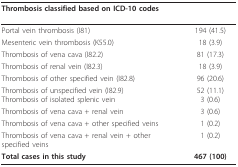
<table><thead><tr><td><b>Thrombosis classified based on ICD-10 codes</b></td><td>[EMPTY_CELL]</td></tr></thead><tbody><tr><td>Portal vein thrombosis (I81)</td><td>194 (41.5)</td></tr><tr><td>Mesenteric vein thrombosis (K55.0)</td><td>18 (3.9)</td></tr><tr><td>Thrombosis of vena cava (I82.2)</td><td>81 (17.3)</td></tr><tr><td>Thrombosis of renal vein (I82.3)</td><td>18 (3.9)</td></tr><tr><td>Thrombosis of other specified vein (I82.8)</td><td>96 (20.6)</td></tr><tr><td>Thrombosis of unspecified vein (I82.9)Thrombosis of isolated splenic vein</td><td>52 (11.1)3 (0.6)</td></tr><tr><td>Thrombosis of vena cava + renal vein</td><td>3 (0.6)</td></tr><tr><td>Thrombosis of vena cava + other specified veins</td><td>1 (0.2)</td></tr><tr><td>Thrombosis of vena cava + renal vein + other specified veins</td><td>1 (0.2)</td></tr><tr><td><b>Total cases in this study</b></td><td><b>467 (100)</b></td></tr></tbody></table>